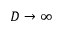
D \rightarrow \infty